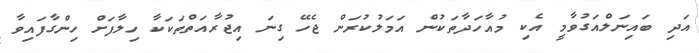
އަދި ބައިނަލްއަގުވާމީ އެކި މުއާހަދާތަކުން އަމަލުކުރަން ޖެހޭ ގިނަ އިޖުރާއަތްތަކަކާ ހިލާފަށް ހިންގާފައިވާ